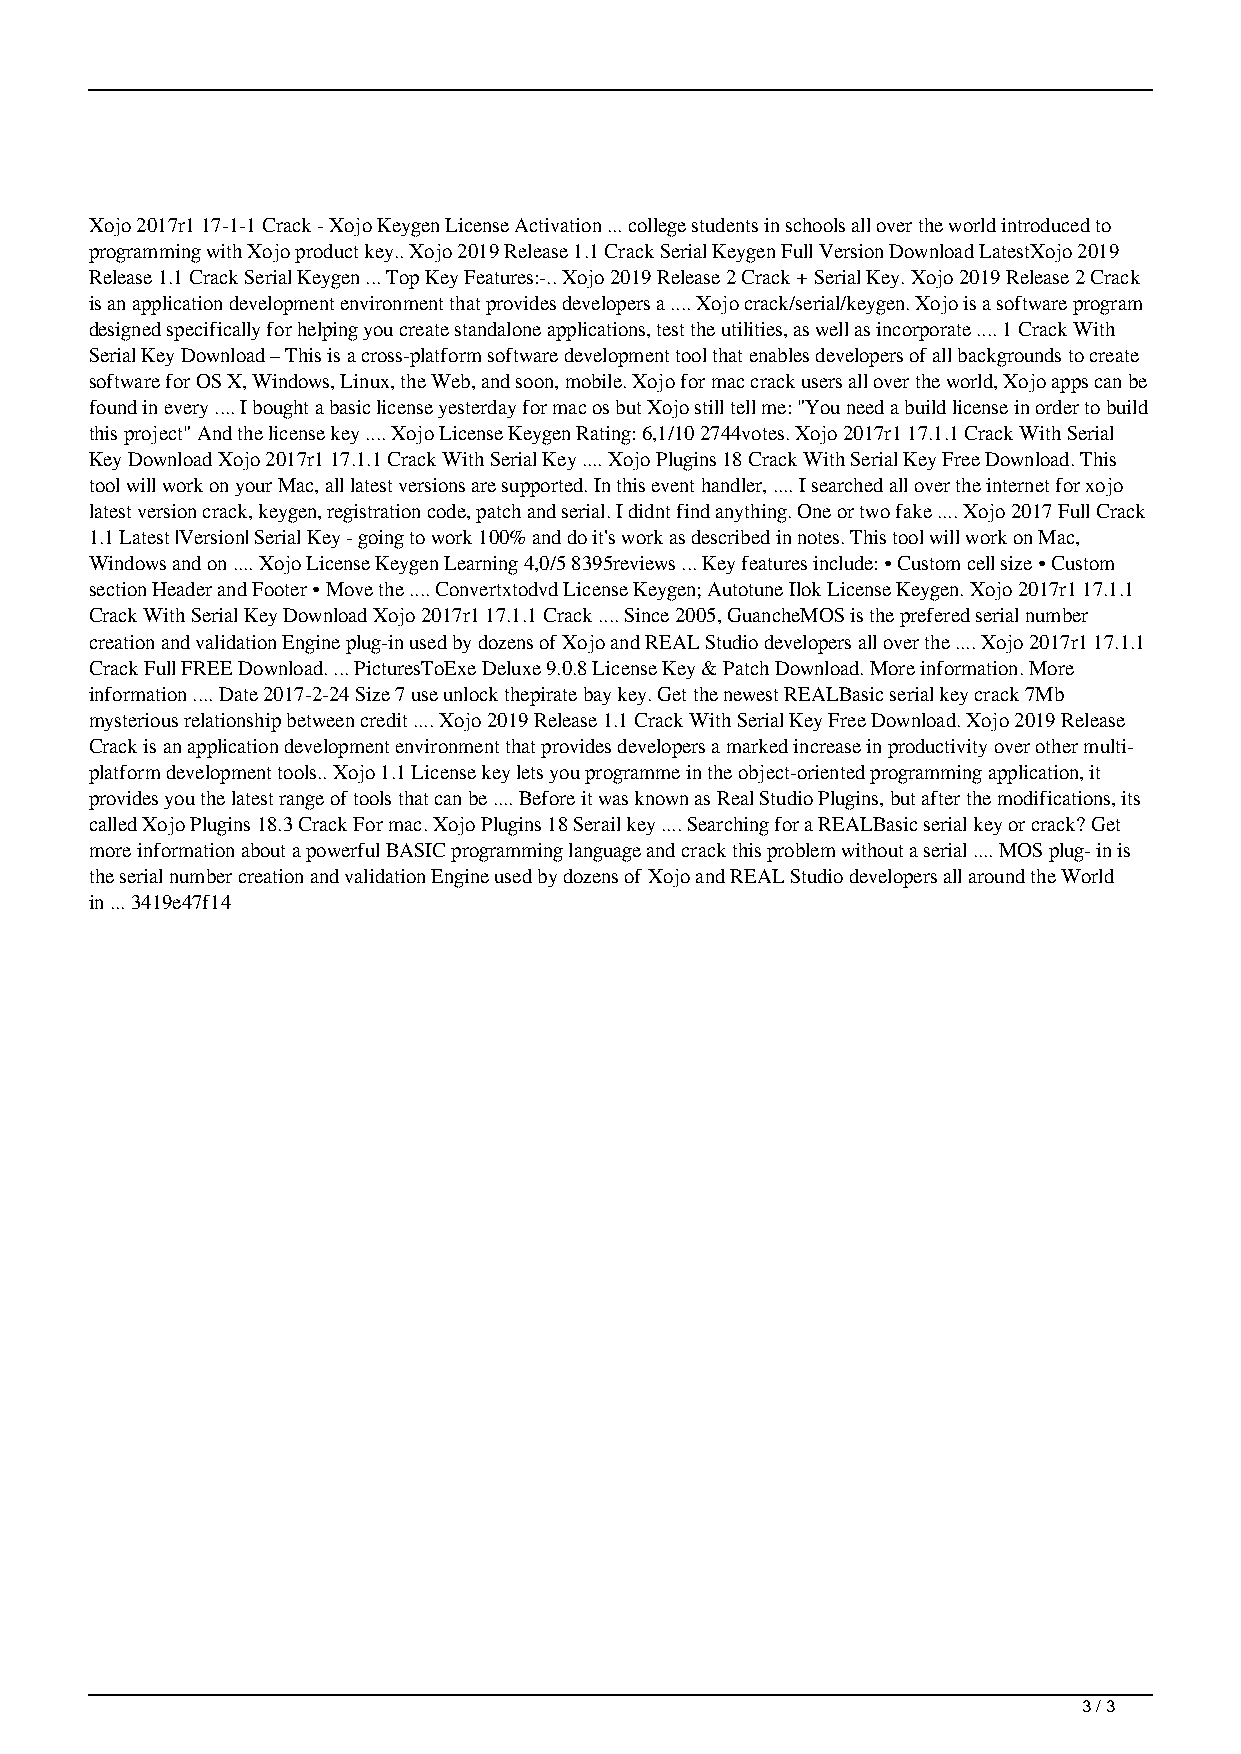
Xojo 2017r1 17-1-1 Crack - Xojo Keygen License Activation ... college students in schools all over the world introduced to
 programming with Xojo product key.. Xojo 2019 Release 1.1 Crack Serial Keygen Full Version Download LatestXojo 2019
 Release 1.1 Crack Serial Keygen ... Top Key Features:-.. Xojo 2019 Release 2 Crack + Serial Key. Xojo 2019 Release 2 Crack
 is an application development environment that provides developers a .... Xojo crack/serial/keygen. Xojo is a software program
 designed specifically for helping you create standalone applications, test the utilities, as well as incorporate .... 1 Crack With
 Serial Key Download – This is a cross-platform software development tool that enables developers of all backgrounds to create
 software for OS X, Windows, Linux, the Web, and soon, mobile. Xojo for mac crack users all over the world, Xojo apps can be
 found in every .... I bought a basic license yesterday for mac os but Xojo still tell me: "You need a build license in order to build
 this project" And the license key .... Xojo License Keygen Rating: 6,1/10 2744votes. Xojo 2017r1 17.1.1 Crack With Serial
 Key Download Xojo 2017r1 17.1.1 Crack With Serial Key .... Xojo Plugins 18 Crack With Serial Key Free Download. This
 tool will work on your Mac, all latest versions are supported. In this event handler, .... I searched all over the internet for xojo
 latest version crack, keygen, registration code, patch and serial. I didnt find anything. One or two fake .... Xojo 2017 Full Crack
 1.1 Latest |Version| Serial Key - going to work 100% and do it's work as described in notes. This tool will work on Mac,
 Windows and on .... Xojo License Keygen Learning 4,0/5 8395reviews ... Key features include: • Custom cell size • Custom
 section Header and Footer • Move the .... Convertxtodvd License Keygen; Autotune Ilok License Keygen. Xojo 2017r1 17.1.1
 Crack With Serial Key Download Xojo 2017r1 17.1.1 Crack .... Since 2005, GuancheMOS is the prefered serial number
 creation and validation Engine plug-in used by dozens of Xojo and REAL Studio developers all over the .... Xojo 2017r1 17.1.1
 Crack Full FREE Download. ... PicturesToExe Deluxe 9.0.8 License Key & Patch Download. More information. More
 information .... Date 2017-2-24 Size 7 use unlock thepirate bay key. Get the newest REALBasic serial key crack 7Mb
 mysterious relationship between credit .... Xojo 2019 Release 1.1 Crack With Serial Key Free Download. Xojo 2019 Release
 Crack is an application development environment that provides developers a marked increase in productivity over other multi-
 platform development tools.. Xojo 1.1 License key lets you programme in the object-oriented programming application, it
 provides you the latest range of tools that can be .... Before it was known as Real Studio Plugins, but after the modifications, its
 called Xojo Plugins 18.3 Crack For mac. Xojo Plugins 18 Serail key .... Searching for a REALBasic serial key or crack? Get
 more information about a powerful BASIC programming language and crack this problem without a serial .... MOS plug- in is
 the serial number creation and validation Engine used by dozens of Xojo and REAL Studio developers all around the World
 in ... 3419e47f14
 3 / 3
 Xojo License Key Crack